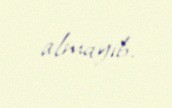
almayıb.